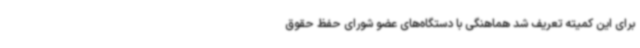
برای این کمیته تعریف شد هماهنگی با دستگاه‌های عضو شورای حفظ حقوق